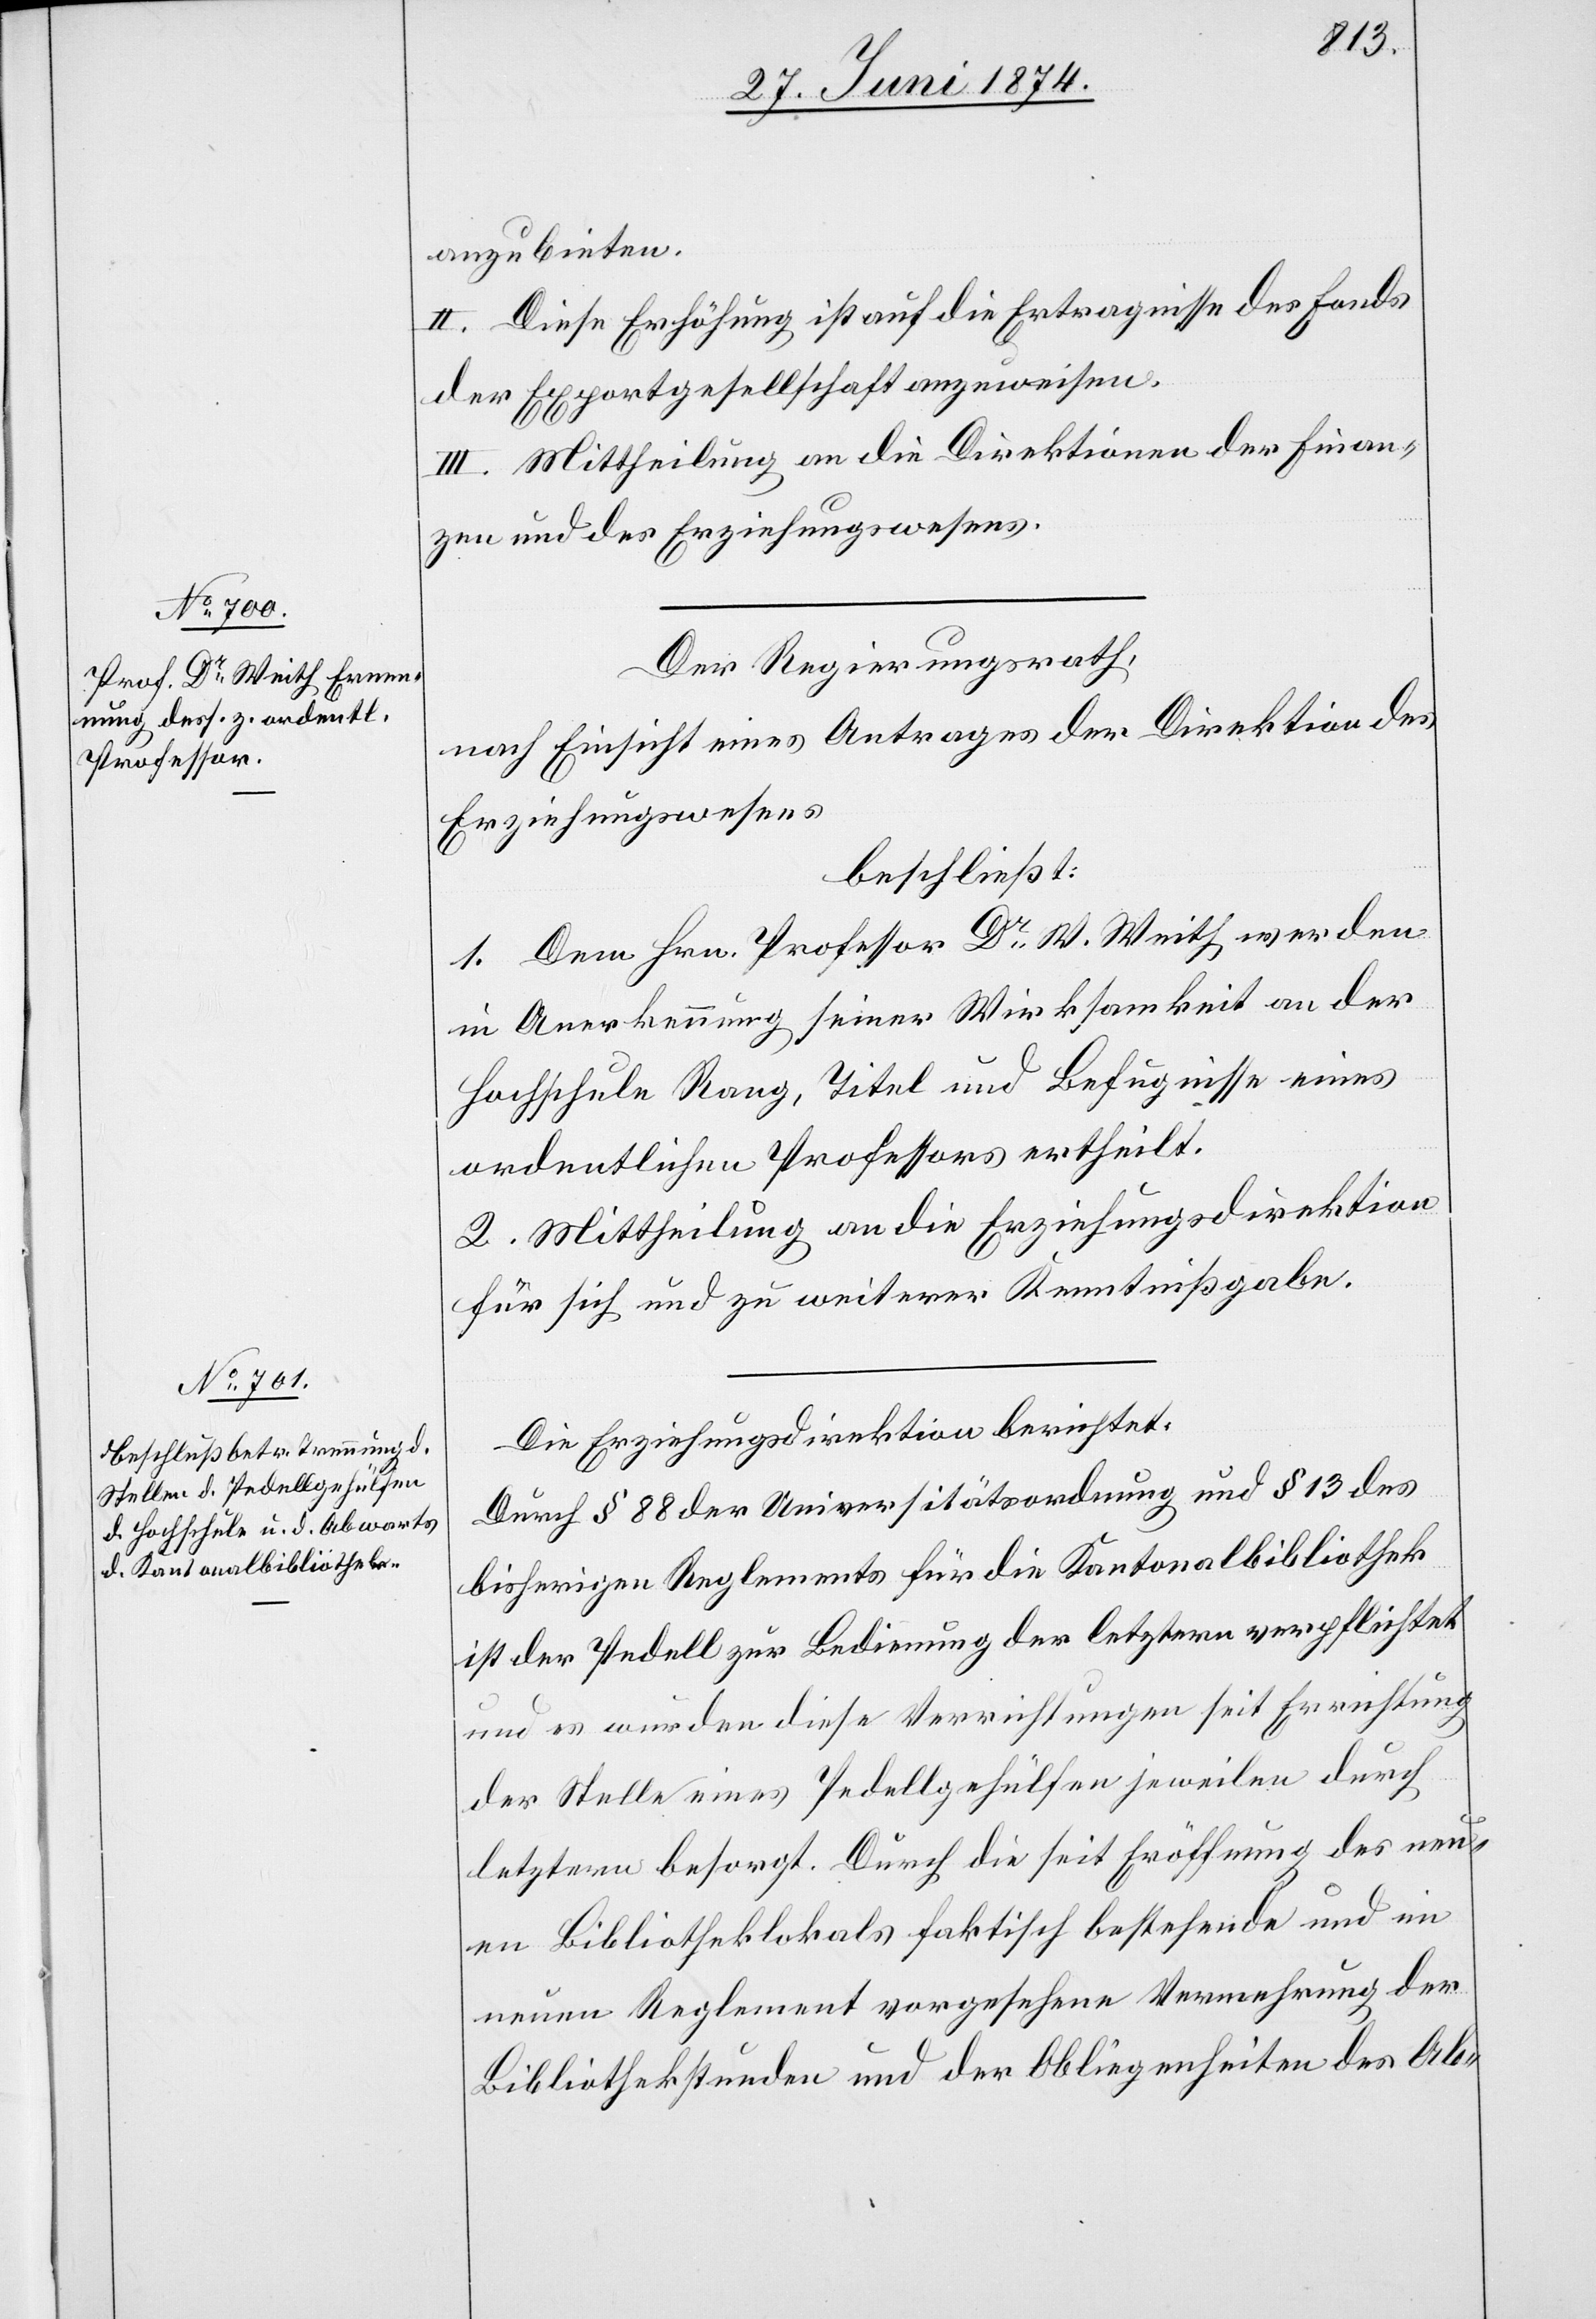
anzubieten.
II. Diese Erhöhung ist auf die Ertragnisse des Fonds
der Exportgesellschaft anzuweisen.
III. Mittheilung an die Direktion der Finan¬
zen und des Erziehungswesens.
Der Regierungsrath,
nach Einsicht eines Antrages der Direktion des
Erziehungswesens
beschließt:
1. Dem Hrn. Professor Dr W. Weith werden
in Anerkennung seiner Wirksamkeit an der
Hochschule Rang, Titel und Befugnisse eines
ordentlichen Professors ertheilt.
2. Mittheilung an die Erziehungsdirektion
für sich und zu weiterer Kenntnißgabe.
Die Erziehungsdirektion berichtet:
Durch § 88 der Universitätsordnung und § 13 des
bisherigen Reglements für die Kantonalbibliothek
ist der Pedell zur Bedienung der letztern verpflichtet
und es würden diese Verrichtungen seit Errichtung
der Stelle eines Pedellgehülfen jeweilen durch
letztern besorgt. Durch die seit Eröffnung des neu¬
en Bibliotheklokals faktisch bestehende und im
neuen Reglement vorgesehene Vermehrung der
Bibliothekstunden und der Obliegenheiten des Ab-